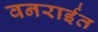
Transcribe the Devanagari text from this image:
वनरार्इत